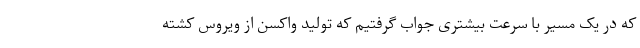
که در یک مسیر با سرعت بیشتری جواب گرفتیم که تولید واکسن از ویروس کشته